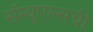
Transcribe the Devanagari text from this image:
सॅम्यूएल्सची